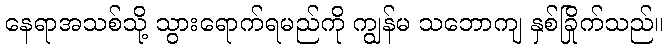
နေရာအသစ်သို့ သွားရောက်ရမည်ကို ကျွန်မ သဘောကျ နှစ်ခြိုက်သည်။